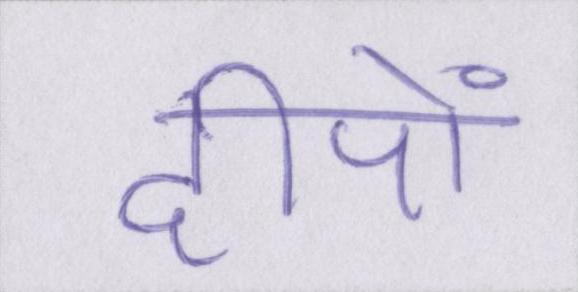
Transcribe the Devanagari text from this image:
दीपों